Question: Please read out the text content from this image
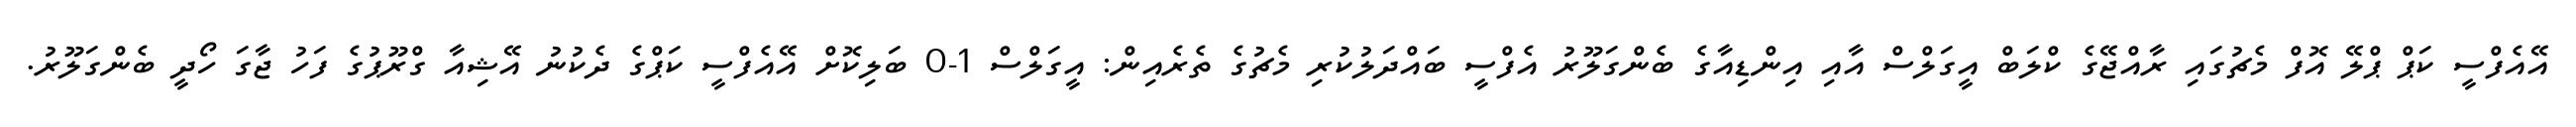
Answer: އޭއެފްސީ ކަޕް ޕްލޭ އޮފް މެޗުގައި ރާއްޖޭގެ ކްލަބް އީގަލްސް އާއި އިންޑިއާގެ ބެންގަލޫރު އެފްސީ ބައްދަލުކުރި މެޗުގެ ތެރެއިން: އީގަލްސް 1-0 ބަލިކޮށް އޭއެފްސީ ކަޕްގެ ދެކުނު އޭޝިއާ ގްރޫޕުގެ ފަހު ޖާގަ ހޯދީ ބެންގަލޫރު.